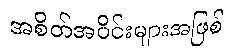
အစိတ်အပိုင်းများအဖြစ်